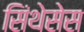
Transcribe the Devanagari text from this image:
सिंथेसेस